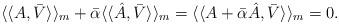
LaTeX: \begin{align*}\langle\langle A, \bar{V} \rangle\rangle_m+\bar{\alpha}\langle\langle \hat{A}, \bar{V} \rangle\rangle_m=\langle\langle A+\bar{\alpha}\hat{A}, \bar{V} \rangle\rangle_m=0.\end{align*}